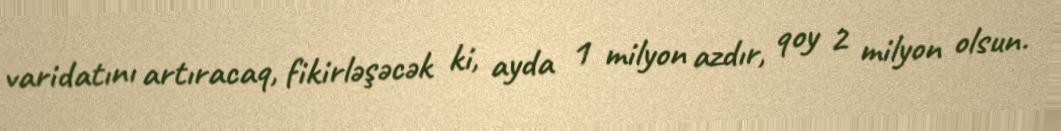
varidatını artıracaq, fikirləşəcək ki, ayda 1 milyon azdır, qoy 2 milyon olsun.